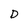
Character: D